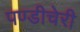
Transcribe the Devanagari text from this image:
पण्डीचेरी